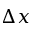
\Delta x